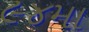
૯૪મા